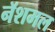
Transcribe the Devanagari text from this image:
नॅशमल